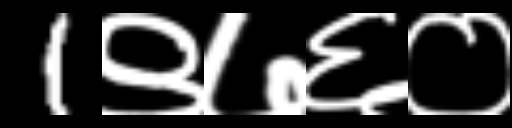
Text: 1९७६०